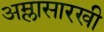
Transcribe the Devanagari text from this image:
अम्लासारखी